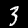
Digit: 3